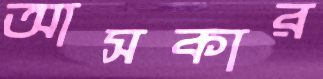
আসকার